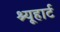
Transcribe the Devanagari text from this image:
श्यूहार्ट